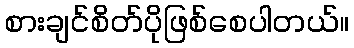
စားချင်စိတ်ပိုဖြစ်စေပါတယ်။